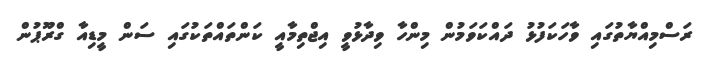
ރަސްމިއްޔާތުގައި ވާހަކަފުޅު ދައްކަވަމުން މިންހާ ވިދާޅުވީ އިޖްތިމާއީ ކަންތައްތަކުގައި ސަން މީޑިއާ ގްރޫޕުން